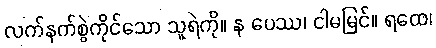
လက်နက်စွဲကိုင်သော သူရဲကို။ န ပေဿ၊ ငါမမြင်။ ရထေ၊